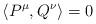
LaTeX: \begin{align*}\left\langle P^{\mu },Q^{\nu }\right\rangle =0\end{align*}